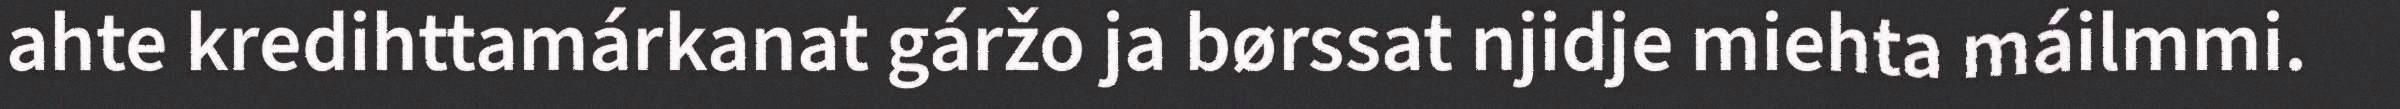
ahte kredihttamárkanat gáržo ja børssat njidje miehta máilmmi.